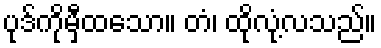
ပုဒ်ကိုမှီထသော။ တံ၊ ထိုလုံ့လသည်။